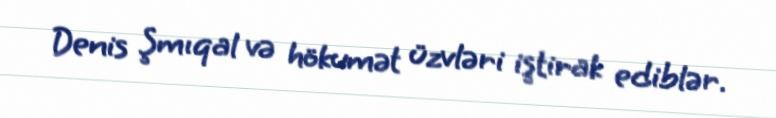
Denis Şmıqal və hökumət üzvləri iştirak ediblər.